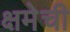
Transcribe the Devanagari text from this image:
क्षमेची